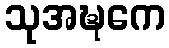
သုအဍ္ဎကေ